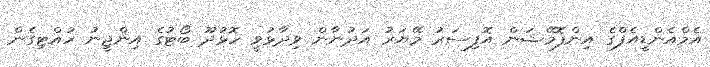
އެމްއެންޑީއެފްގެ އިންފޮމޭޝަން އޮފިސަރު މޭޔަރު އަދުނާން ވިދާޅުވީ ހޮޅުދޫ ބޯޓުގެ އިންޖީނު ހުއްޓިގެން